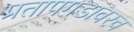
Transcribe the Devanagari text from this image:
प्रतापगडावरच